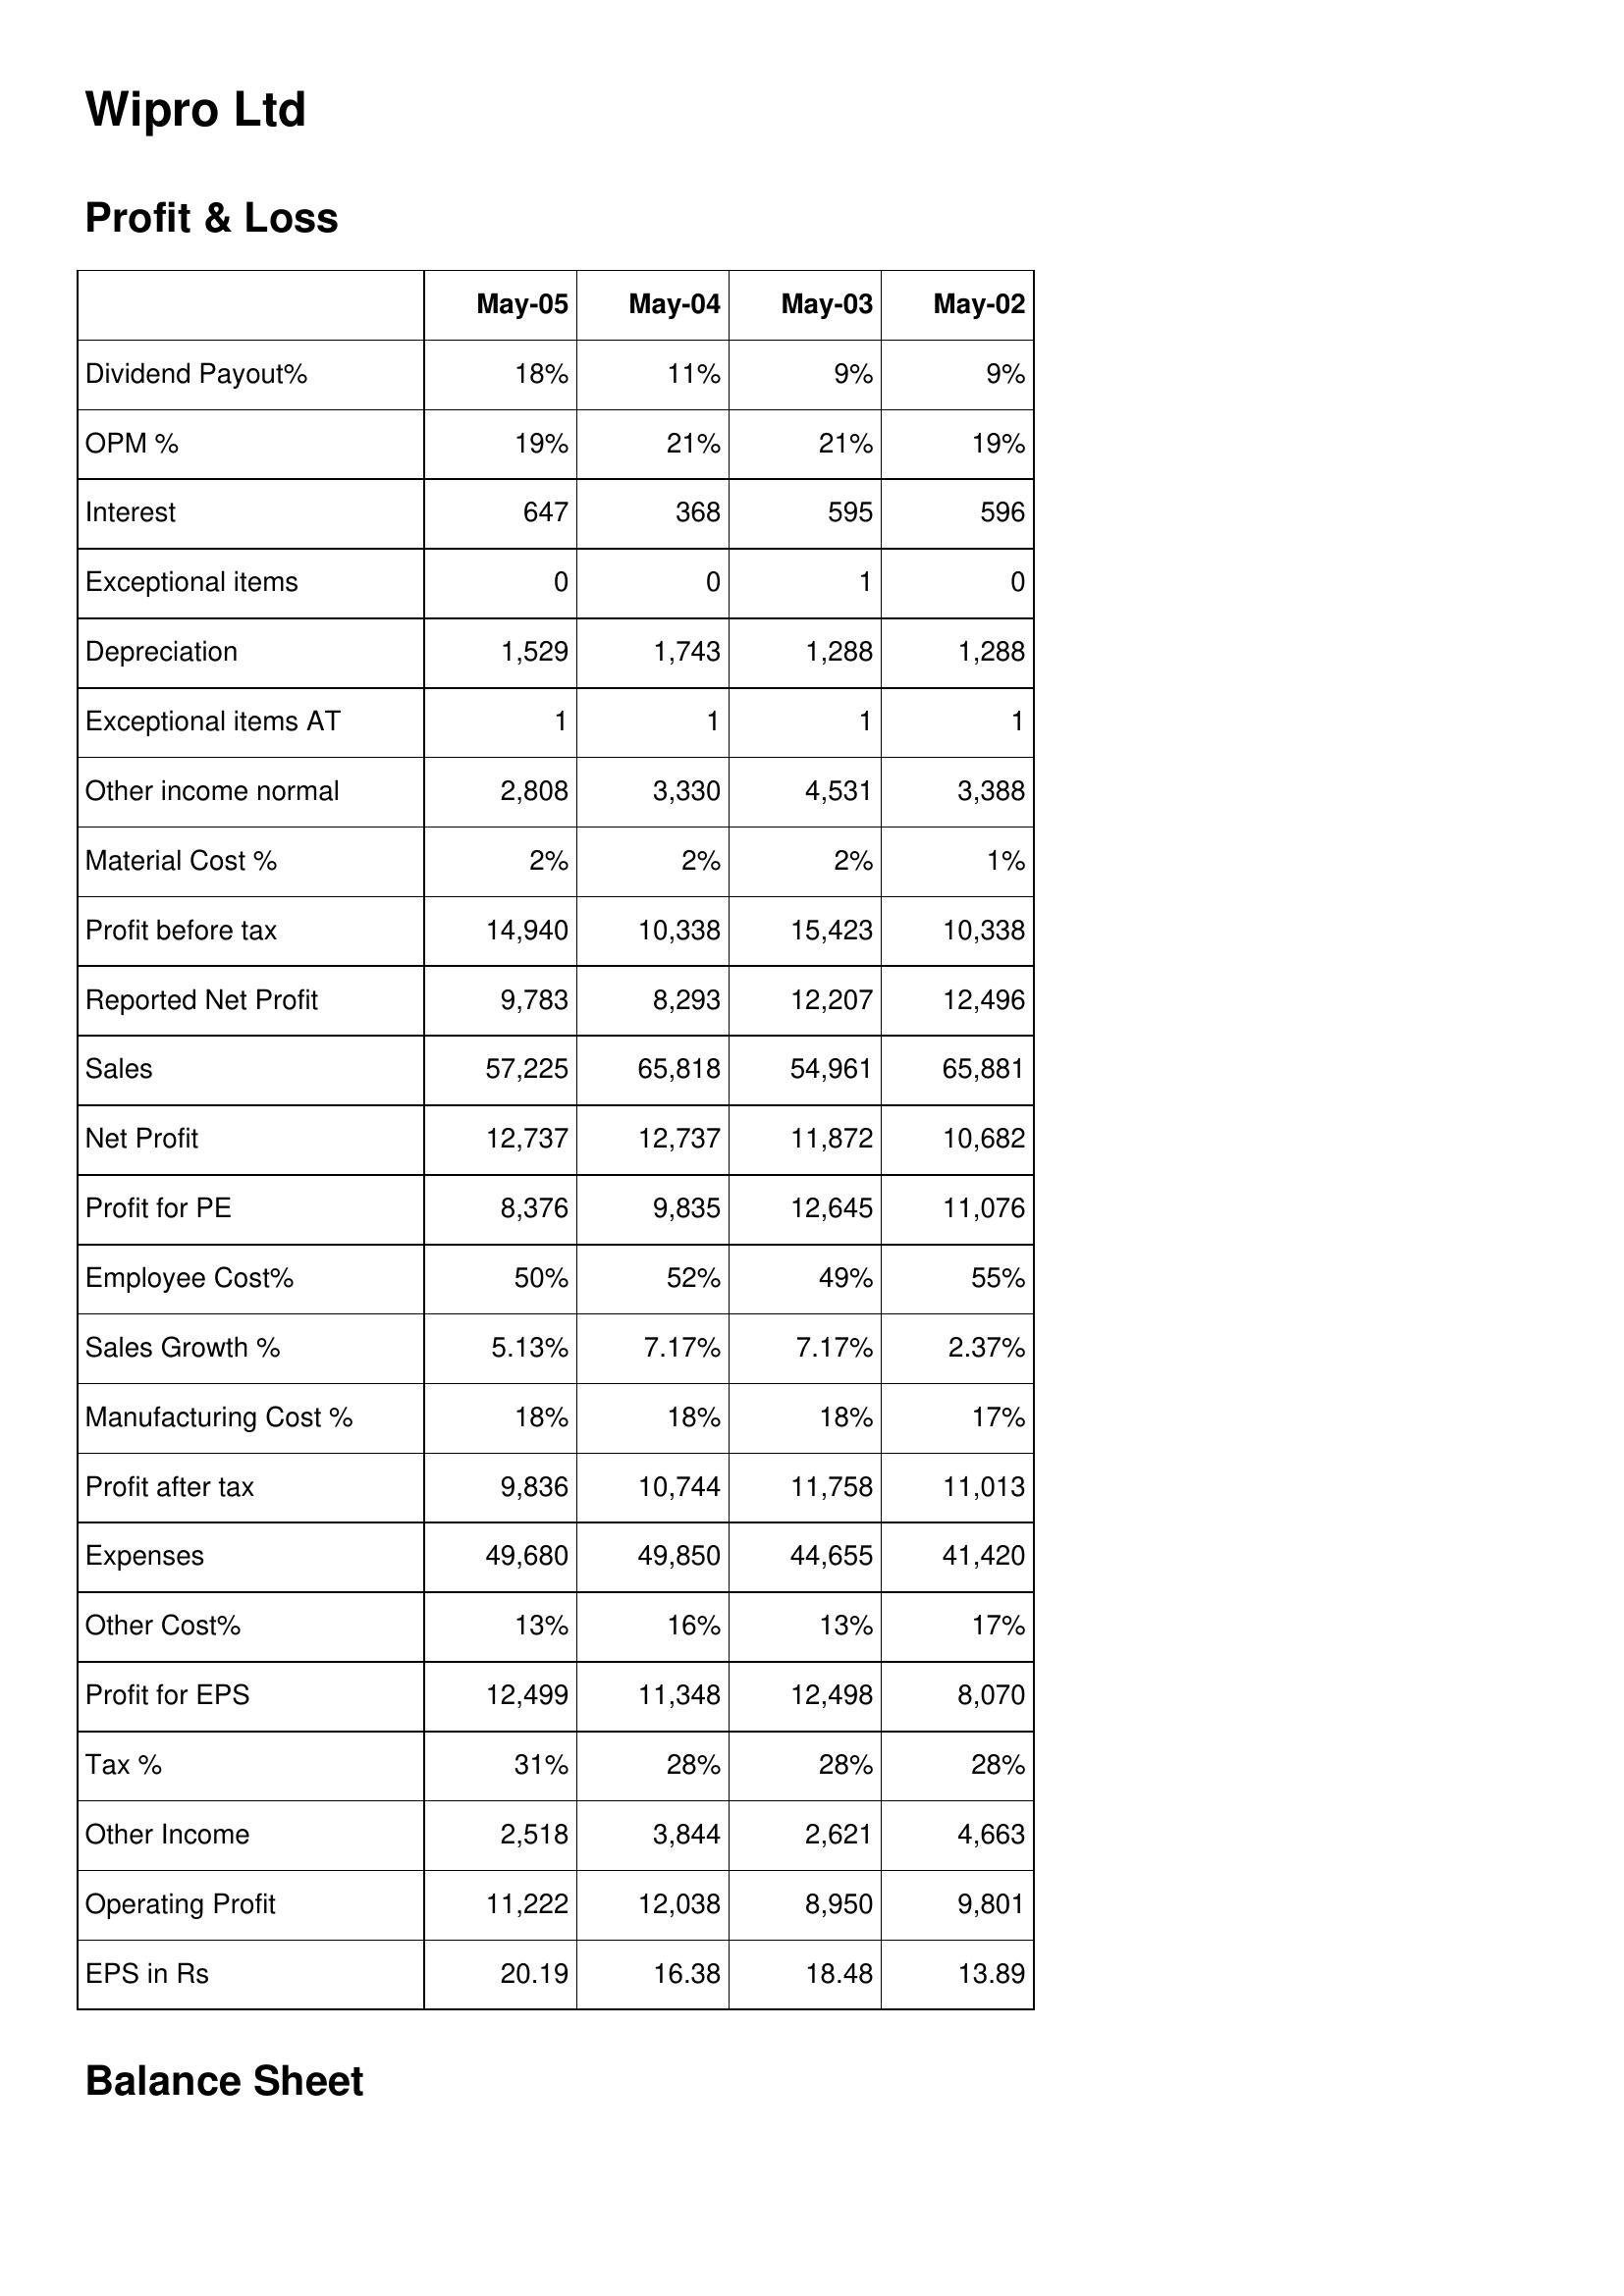
May-05: Profit & Loss: Dividend Payout%: 18%
OPM %: 19%
Interest: 647
Exceptional items: 0
Depreciation: 1,529
Exceptional items AT: 1
Other income normal: 2,808
Material Cost %: 2%
Profit before tax: 14,940
Reported Net Profit: 9,783
Sales: 57,225
Net Profit: 12,737
Profit for PE: 8,376
Employee Cost%: 50%
Sales Growth %: 5.13%
Manufacturing Cost %: 18%
Profit after tax: 9,836
Expenses: 49,680
Other Cost%: 13%
Profit for EPS: 12,499
Tax %: 31%
Other Income: 2,518
Operating Profit: 11,222
EPS in Rs: 20.19
May-04: Profit & Loss: Dividend Payout%: 11%
OPM %: 21%
Interest: 368
Exceptional items: 0
Depreciation: 1,743
Exceptional items AT: 1
Other income normal: 3,330
Material Cost %: 2%
Profit before tax: 10,338
Reported Net Profit: 8,293
Sales: 65,818
Net Profit: 12,737
Profit for PE: 9,835
Employee Cost%: 52%
Sales Growth %: 7.17%
Manufacturing Cost %: 18%
Profit after tax: 10,744
Expenses: 49,850
Other Cost%: 16%
Profit for EPS: 11,348
Tax %: 28%
Other Income: 3,844
Operating Profit: 12,038
EPS in Rs: 16.38
May-03: Profit & Loss: Dividend Payout%: 9%
OPM %: 21%
Interest: 595
Exceptional items: 1
Depreciation: 1,288
Exceptional items AT: 1
Other income normal: 4,531
Material Cost %: 2%
Profit before tax: 15,423
Reported Net Profit: 12,207
Sales: 54,961
Net Profit: 11,872
Profit for PE: 12,645
Employee Cost%: 49%
Sales Growth %: 7.17%
Manufacturing Cost %: 18%
Profit after tax: 11,758
Expenses: 44,655
Other Cost%: 13%
Profit for EPS: 12,498
Tax %: 28%
Other Income: 2,621
Operating Profit: 8,950
EPS in Rs: 18.48
May-02: Profit & Loss: Dividend Payout%: 9%
OPM %: 19%
Interest: 596
Exceptional items: 0
Depreciation: 1,288
Exceptional items AT: 1
Other income normal: 3,388
Material Cost %: 1%
Profit before tax: 10,338
Reported Net Profit: 12,496
Sales: 65,881
Net Profit: 10,682
Profit for PE: 11,076
Employee Cost%: 55%
Sales Growth %: 2.37%
Manufacturing Cost %: 17%
Profit after tax: 11,013
Expenses: 41,420
Other Cost%: 17%
Profit for EPS: 8,070
Tax %: 28%
Other Income: 4,663
Operating Profit: 9,801
EPS in Rs: 13.89